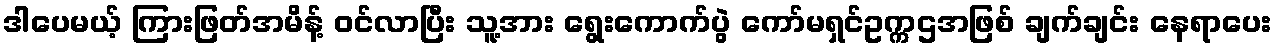
ဒါပေမယ့် ကြားဖြတ်အမိန့် ဝင်လာပြီး သူ့အား ရွေးကောက်ပွဲ ကော်မရှင်ဥက္ကဌအဖြစ် ချက်ချင်း နေရာပေး